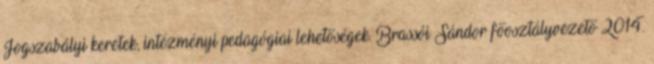
Jogszabályi keretek, intézményi pedagógiai lehetőségek. Brassói Sándor főosztályvezető 2014.